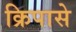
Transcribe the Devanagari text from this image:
क्रिपासे